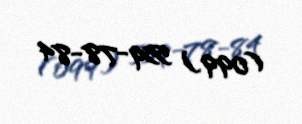
(099) 559-78-84